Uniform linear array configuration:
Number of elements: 64
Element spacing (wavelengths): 1
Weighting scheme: hamming
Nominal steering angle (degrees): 15
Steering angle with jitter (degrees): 14.554
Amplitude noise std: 0.05
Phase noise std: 0.05

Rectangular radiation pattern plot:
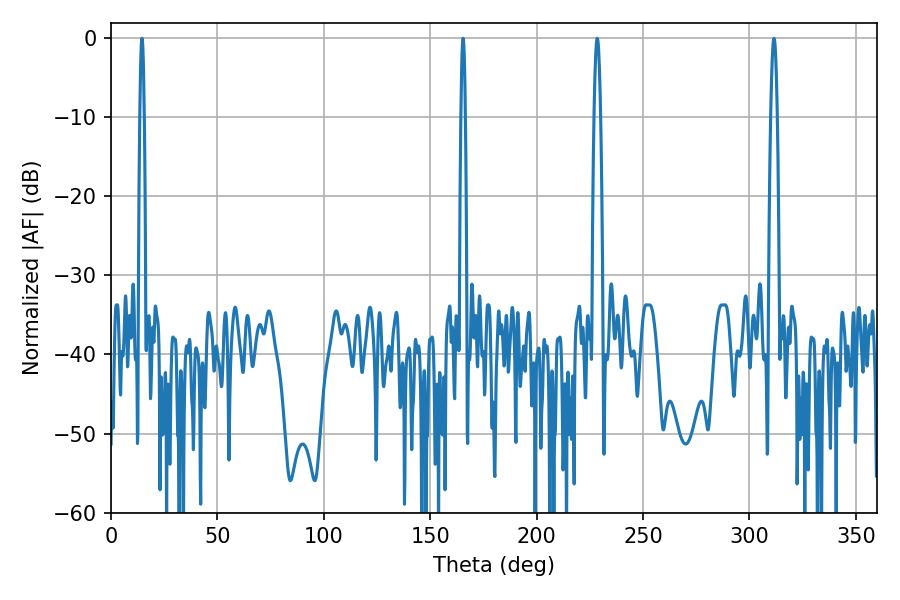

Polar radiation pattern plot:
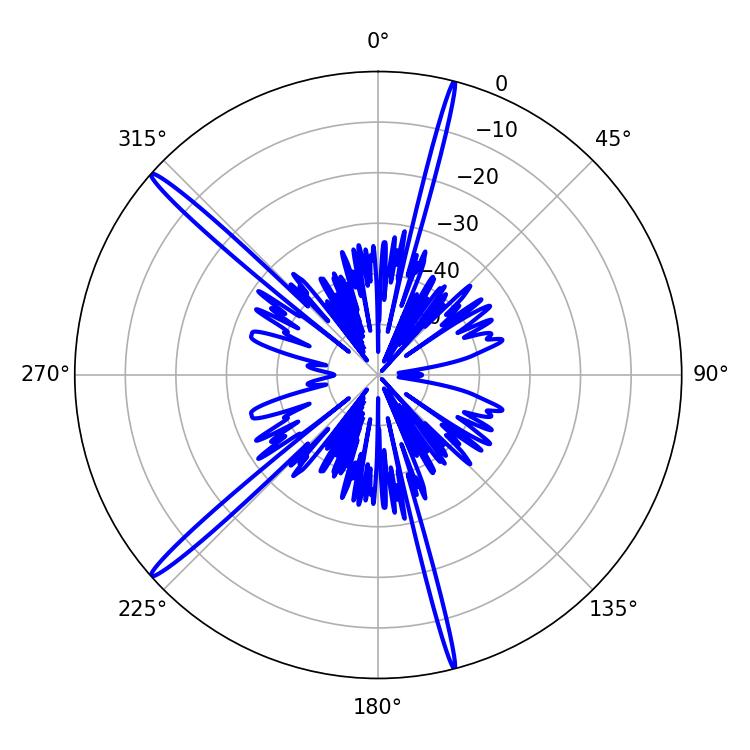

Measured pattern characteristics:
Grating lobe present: TRUE
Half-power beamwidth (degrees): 1.08
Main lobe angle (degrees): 165.42